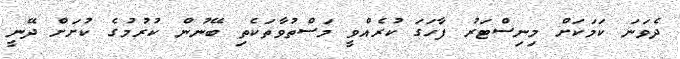
ދެވަނަ ކަމަކަށް މިނިސްޓަރު ފާހަގަ ކުރެއްވީ މަސްތުވާތަކެތި ބޭނުން ކުރުމުގެ ކުށަށް ދޭނީ